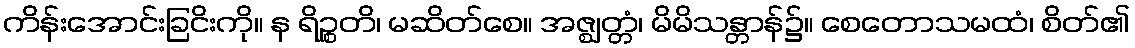
ကိန်းအောင်းခြငိးကို။ န ရိဉ္စတိ၊ မဆိတ်စေ။ အဇ္ဈတ္တံ၊ မိမိသန္တာန်၌။ စေတောသမထံ၊ စိတ်၏